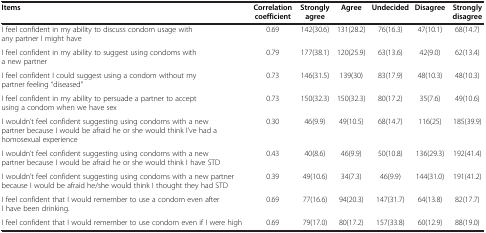
<table><thead><tr><td><b>Items</b></td><td><b>Correlation coefficient</b></td><td><b>Strongly agree</b></td><td><b>Agree</b></td><td><b>Undecided</b></td><td><b>Disagree</b></td><td><b>Strongly disagree</b></td></tr></thead><tbody><tr><td>I feel confident in my ability to discuss condom usage with any partner I might have</td><td>0.69</td><td>142(30.6)</td><td>131(28.2)</td><td>76(16.3)</td><td>47(10.1)</td><td>68(14.7)</td></tr><tr><td>I feel confident in my ability to suggest using condoms with a new partner</td><td>0.79</td><td>177(38.1)</td><td>120(25.9)</td><td>63(13.6)</td><td>42(9.0)</td><td>62(13.4)</td></tr><tr><td>I feel confident I could suggest using a condom without my partner feeling “diseased”</td><td>0.73</td><td>146(31.5)</td><td>139(30)</td><td>83(17.9)</td><td>48(10.3)</td><td>48(10.3)</td></tr><tr><td>I feel confident in my ability to persuade a partner to accept using a condom when we have sex</td><td>0.73</td><td>150(32.3)</td><td>150(32.3)</td><td>80(17.2)</td><td>35(7.6)</td><td>49(10.6)</td></tr><tr><td>I wouldn’t feel confident suggesting using condoms with a new partner because I would be afraid he or she would think I’ve had a homosexual experience</td><td>0.30</td><td>46(9.9)</td><td>49(10.5)</td><td>68(14.7)</td><td>116(25)</td><td>185(39.9)</td></tr><tr><td>I wouldn’t feel confident suggesting using condoms with a new partner because I would be afraid he or she would think I have STD</td><td>0.43</td><td>40(8.6)</td><td>46(9.9)</td><td>50(10.8)</td><td>136(29.3)</td><td>192(41.4)</td></tr><tr><td>I wouldn’t feel confident suggesting using condoms with a new partner because I would be afraid he/she would think I thought they had STD</td><td>0.39</td><td>49(10.6)</td><td>34(7.3)</td><td>46(9.9)</td><td>144(31.0)</td><td>191(41.2)</td></tr><tr><td>I feel confident that I would remember to use a condom even after I have been drinking.</td><td>0.69</td><td>77(16.6)</td><td>94(20.3)</td><td>147(31.7)</td><td>64(13.8)</td><td>82(17.7)</td></tr><tr><td>I feel confident that I would remember to use condom even if I were high</td><td>0.69</td><td>79(17.0)</td><td>80(17.2)</td><td>157(33.8)</td><td>60(12.9)</td><td>88(19.0)</td></tr></tbody></table>